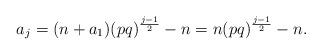
LaTeX: \begin{align*}a_j=(n+a_1)(pq)^{\frac{j-1}{2}}-n=n(pq)^{\frac{j-1}{2}}-n.\end{align*}